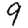
Digit: 9